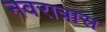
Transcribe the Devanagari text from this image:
नवरात्रास